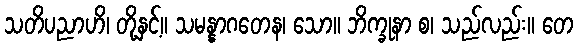
သတိပညာဟိ၊ တို့နှင့်။ သမန္နာဂတေန၊ သော။ ဘိက္ခုနာ စ၊ သည်လည်း။ တေ